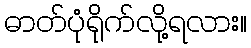
ဓာတ်ပုံရိုက်လို့ရလား။